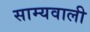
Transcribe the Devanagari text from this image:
साम्यवाली